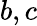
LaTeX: b,c